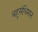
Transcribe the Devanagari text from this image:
बहुसंधिमान